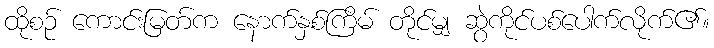
ထိုစဉ် ကောင်းမြတ်က နောက်နှစ်ကြိမ် တိုင်မျှ ဆွဲကိုင်ပစ်ပေါက်လိုက်၏။